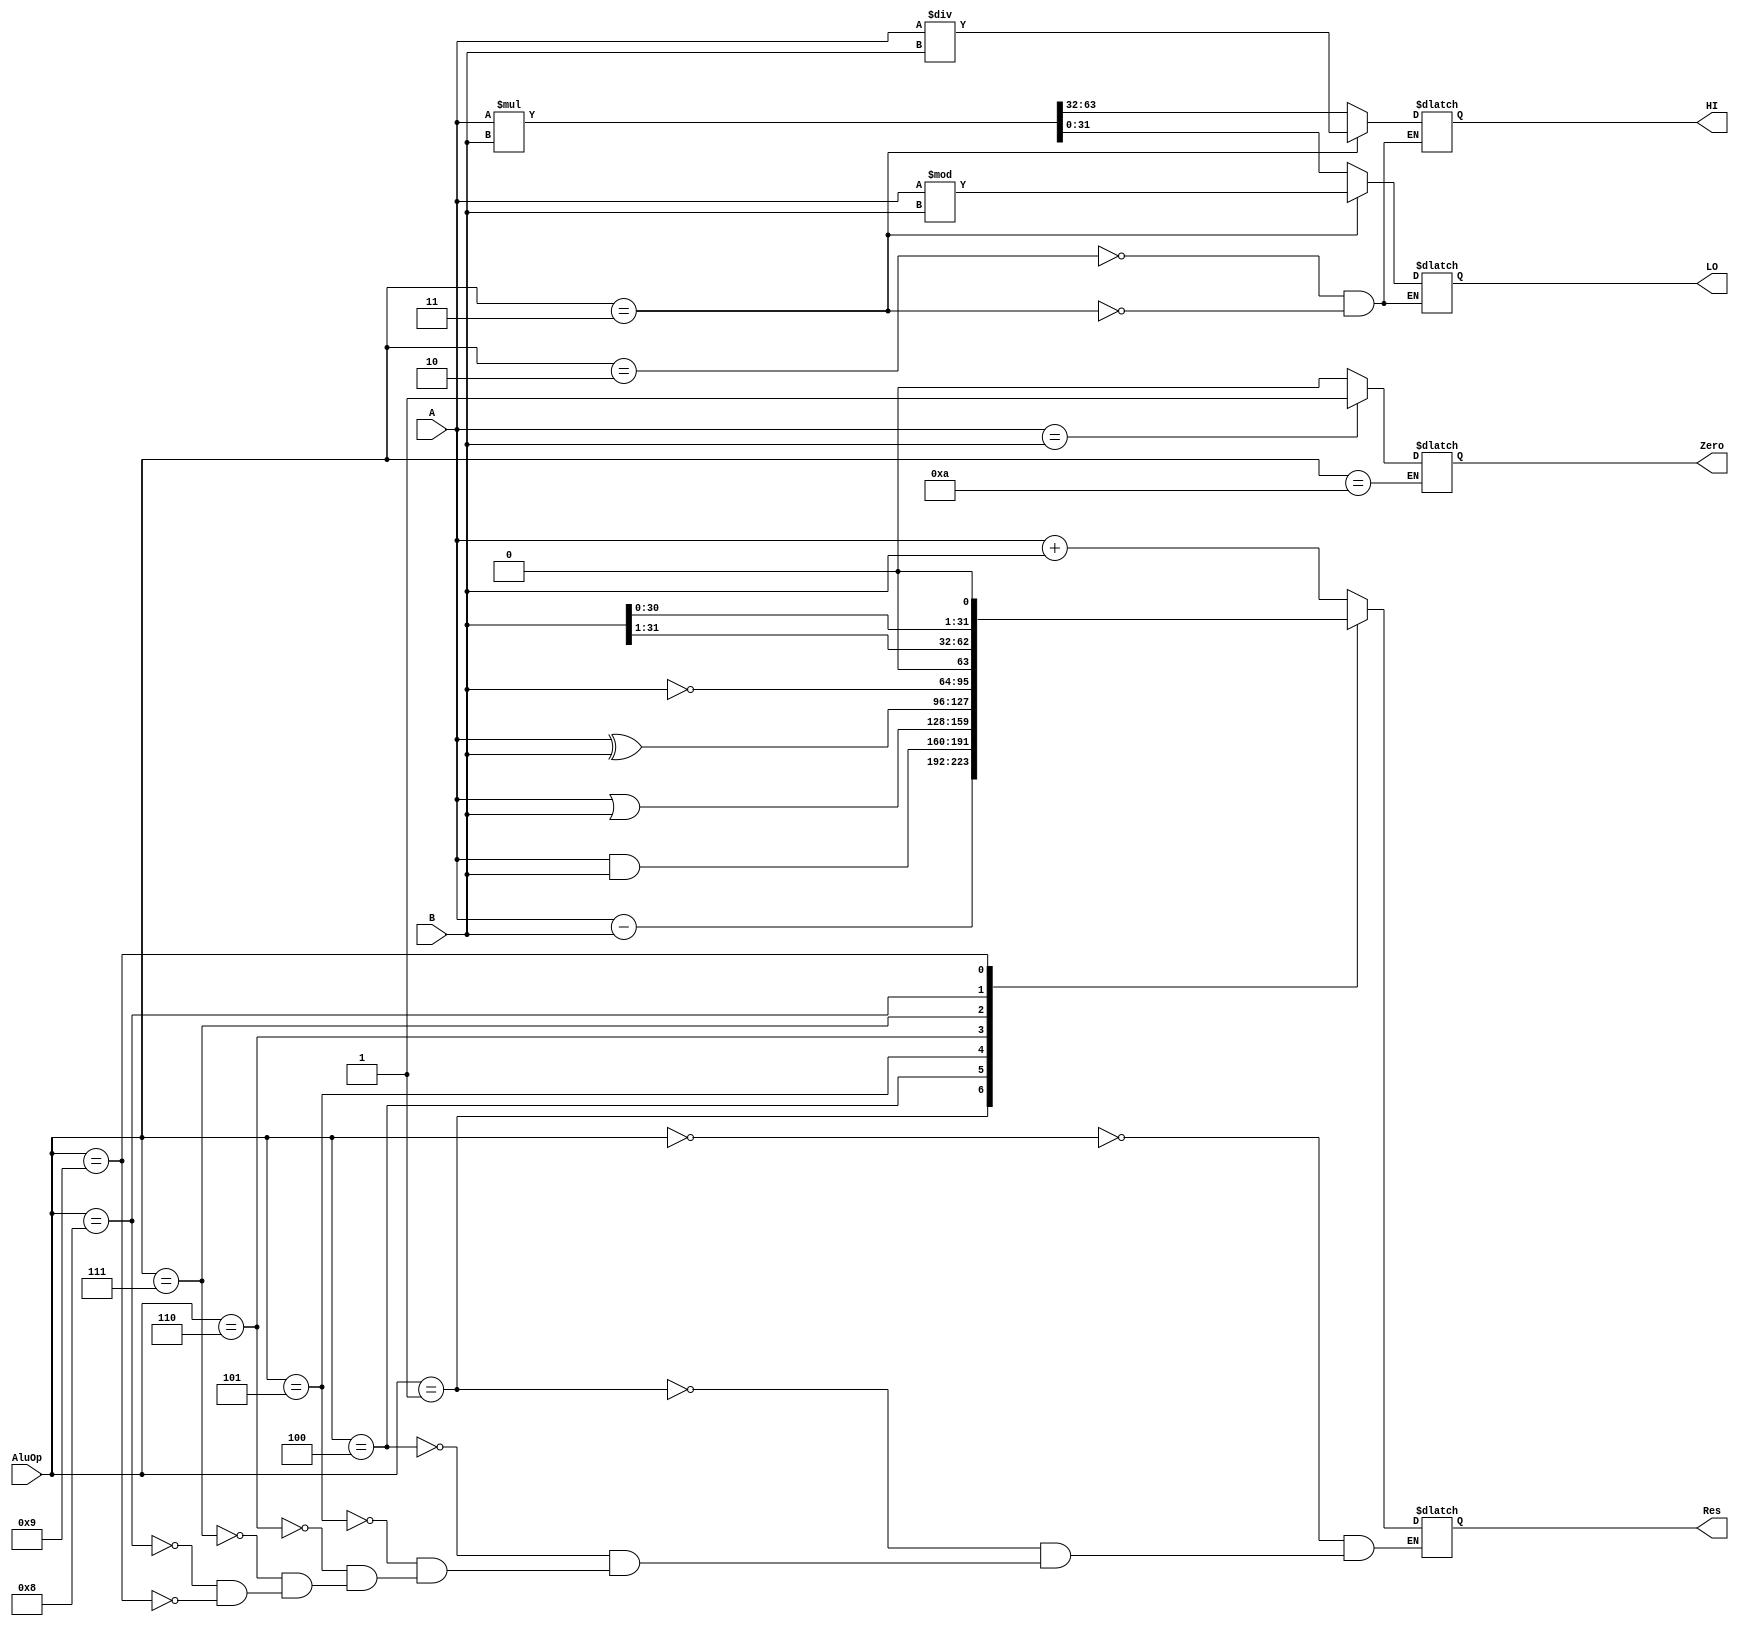
module ULA(AluOp,A,B,Res,Zero,LO,HI);

input[31:0] A,B;
input[3:0] AluOp;
output reg[31:0] Res,LO,HI;
output reg Zero;

always @(*)
	case(AluOp)

	4'b0000: Res = A + B;
	4'b0001: Res = A - B;
	4'b0010: {HI,LO} = A*B;
	4'b0011: begin HI = A/B; LO = A%B; end
	4'b0100: Res = A & B;
	4'b0101: Res = A | B;
	4'b0110: Res = A ^ B;
	4'b0111: Res = ~B;
	4'b1000: Res = B>>1;
	4'b1001: Res = B<<1;
	4'b1010: Zero = (A==B)?1'b1:1'b0;

	endcase

endmodule